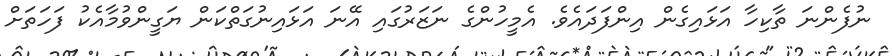
ނުފެންނަ ތާކިހާ އަޅައިގެން އިންފަދައެވެ. އެމީހުންގެ ނަޒަރުގައި އޭނަ އަޅައިނުގަތްކަން ޔަގީންވުމާއެކު ފަހަތަށް